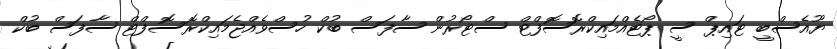
ޔޫއެސްބީ ޓައިޕް ސީ ޕޯޓެއްމައިކްރޮސޮފްޓް ސްޓޯރުން ސާފަސް ބުކް ހުސްވެއްޖެމައިކްރޮސޮފްޓް ސާފަސް ބުކް